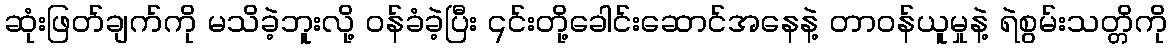
ဆုံးဖြတ်ချက်ကို မသိခဲ့ဘူးလို့ ဝန်ခံခဲ့ပြီး ၎င်းတို့ခေါင်းဆောင်အနေနဲ့ တာဝန်ယူမှုနဲ့ ရဲစွမ်းသတ္တိကို